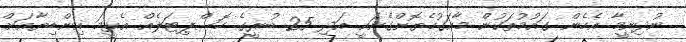
ނުދިނީމާ އެހެން ގައުމުތަކުން މާއަގުހެޔޮށްގެނައީ އަދި 25 ބުރީގެ ހޮސްޕިޓަލެއް އެޅީމަ އިންޑިޔާއަށް